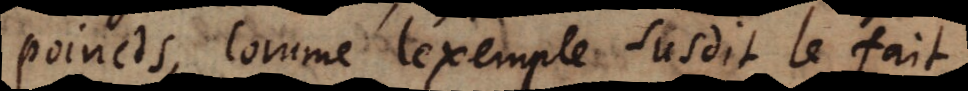
poincts, comme l’exemple susdit le fait